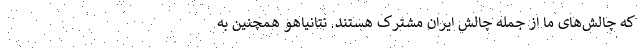
که چالش‌های ما از جمله چالش ایران مشترک هستند. نتانیاهو همچنین به